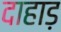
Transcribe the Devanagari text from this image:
दाहाड़